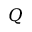
Q